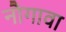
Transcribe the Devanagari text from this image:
नौगावा